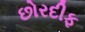
છોરદીફ